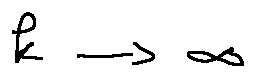
k \rightarrow \infty